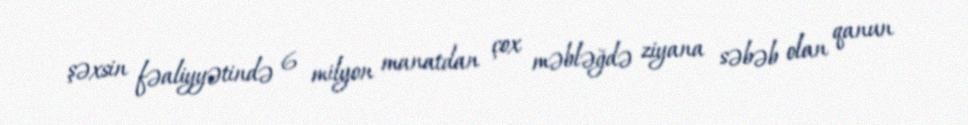
şəxsin fəaliyyətində 6 milyon manatdan çox məbləğdə ziyana səbəb olan qanun